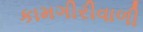
કામગીરીવાળી